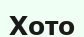
Хото